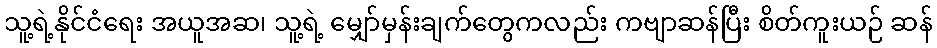
သူ့ရဲ့နိုင်ငံရေး အယူအဆ၊ သူ့ရဲ့ မျှော်မှန်းချက်တွေကလည်း ကဗျာဆန်ပြီး စိတ်ကူးယဉ် ဆန်